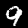
Label: 9